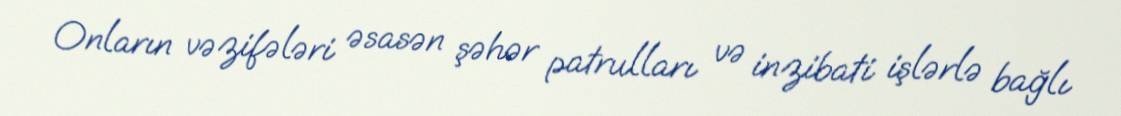
Onların vəzifələri əsasən şəhər patrulları və inzibati işlərlə bağlı